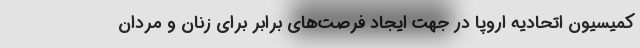
کمیسیون اتحادیه اروپا در جهت ایجاد فرصت‌های برابر برای زنان و مردان